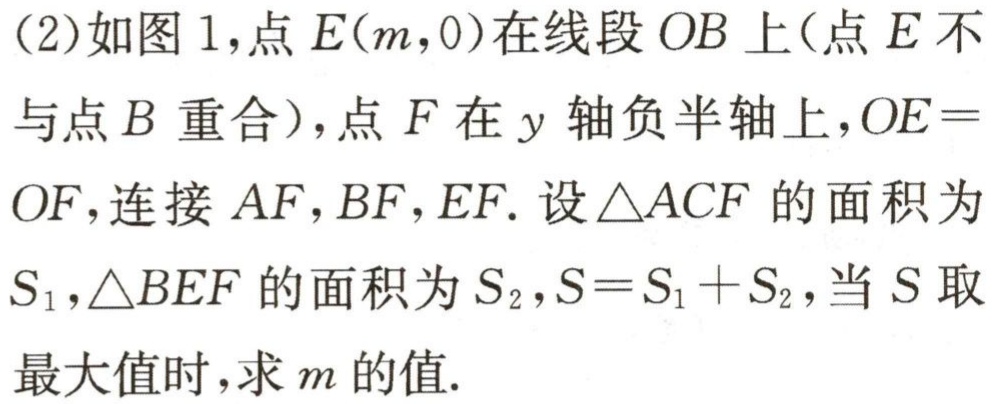
(2)如图1,点\(E(m,0)\)在线段\(OB\)上(点\(E\)不与点\(B\)重合),点\(F\)在\(y\)轴负半轴上,\(OE = OF\),连接\(AF\),\(BF\),\(EF\).设\(\triangle ACF\)的面积为\(S_{1}\),\(\triangle BEF\)的面积为\(S_{2}\),\(S = S_{1}+S_{2}\),当\(S\)取最大值时,求\(m\)的值.